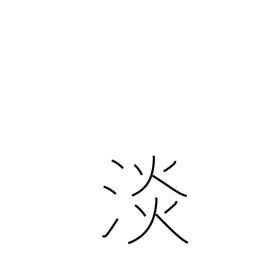
Meaning: faint